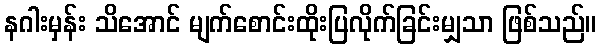
နဂါးမှန်း သိအောင် မျက်စောင်းထိုးပြလိုက်ခြင်းမျှသာ ဖြစ်သည်။